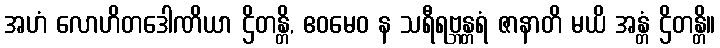
အဟံ လောဟိတဒေါဏိယာ ဌိတန္တိ, ဧဝမေဝ န သရီရဗ္ဘန္တရံ ဇာနာတိ မယိ အန္တံ ဌိတန္တိ။